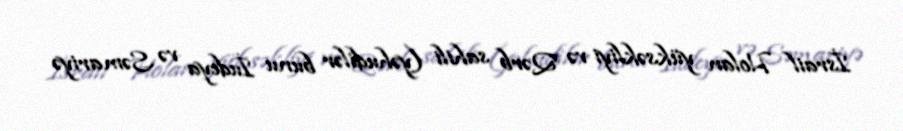
İsrail Holan yüksəkliyi və Qərb sahili (yəhudilər bunu İudeya və Səmariyə